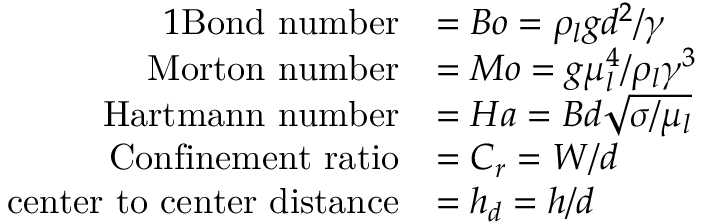
\begin{array} { r l } { { 1 } \mathrm { B o n d ~ n u m b e r } } & { = B o = \rho _ { l } g d ^ { 2 } / \gamma } \\ { \mathrm { M o r t o n ~ n u m b e r } } & { = M o = g \mu _ { l } ^ { 4 } / \rho _ { l } \gamma ^ { 3 } } \\ { \mathrm { H a r t m a n n ~ n u m b e r } } & { = H a = B d \sqrt { \sigma / \mu _ { l } } } \\ { \mathrm { C o n f i n e m e n t ~ r a t i o } } & { = C _ { r } = W / d } \\ { \mathrm { c e n t e r ~ t o ~ c e n t e r ~ d i s t a n c e } } & { = h _ { d } = h / d } \end{array}